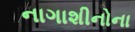
નાગાશીનોના